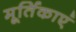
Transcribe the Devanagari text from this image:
मूर्तिकाएं